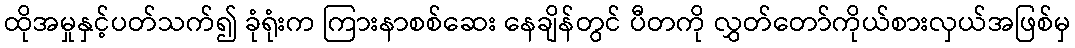
ထိုအမှုနှင့်ပတ်သက်၍ ခုံရုံးက ကြားနာစစ်ဆေး နေချိန်တွင် ပီတကို လွှတ်တော်ကိုယ်စားလှယ်အဖြစ်မှ